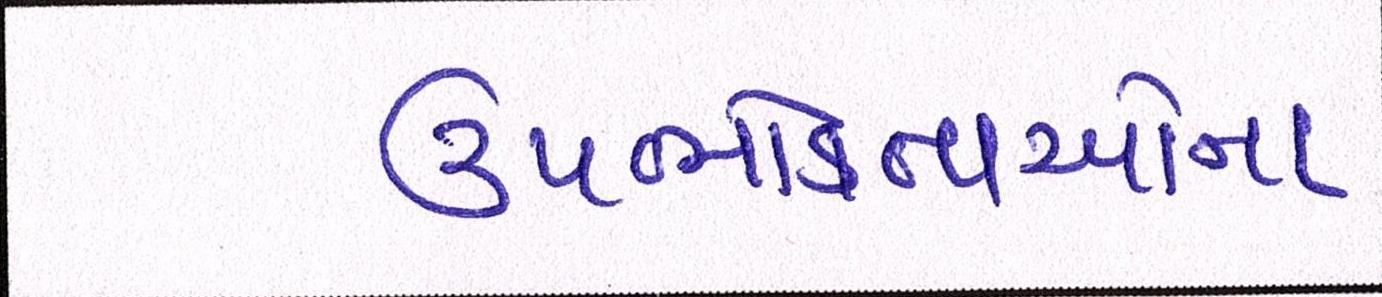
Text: ઉપભોક્તાઓના